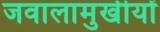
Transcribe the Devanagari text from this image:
जवालामुखीयों